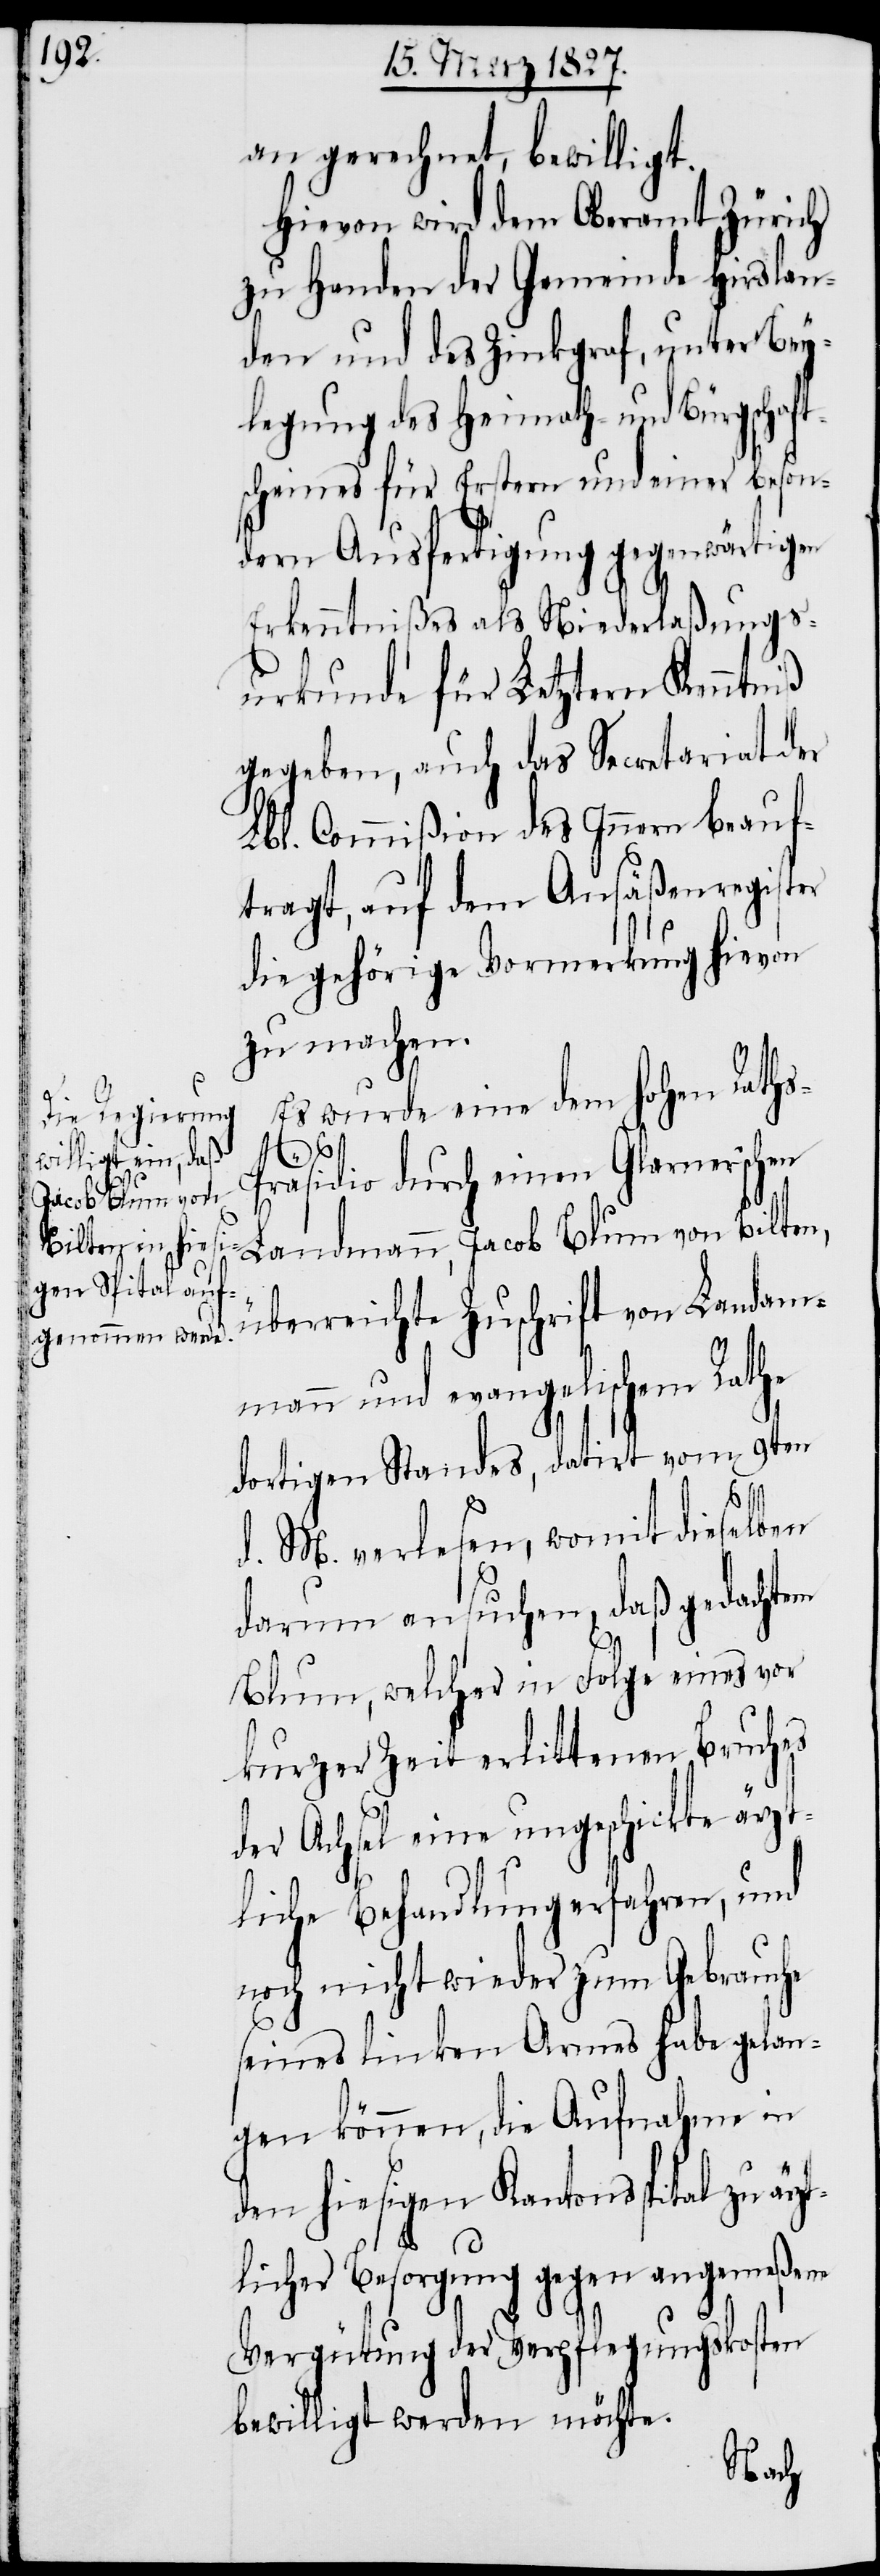
an gerechnet, bewilligt.
Hievon wird dem Oberamt Zürich
zu Handen der Gemeinde Hirslan¬
den und des Zinkgraf, unter Bey¬
legung des Heimath- und Bürgschafts¬
scheines für Erstern und einer beson¬
dern Ausfertigung gegenwärtigen
Erkenntnißes als Niederlaßungs¬
urkunde für Letztern Kenntniß
gegeben, auch das Secretariat der
Lbl. Commißion des Innern beauf¬
tragt, auf dem Ansäßenregister
die gehörige Vormerkung hievon
zu machen.
Es wurde eine dem hohen Rath¬
t¬
räsidio durch einen Glarner‘schen
Landmann, Jacob Blum von Bilten,
überreichte Zuschrift von Landam¬
mann und evangelischem Rathe
dortigen Standes, datirt vom 9ten
d. M. verlesen, womit dieselben
darum ansuchen, daß gedachtem
Blum, welcher in Folge eines vor
kurzer Zeit erlittenen Bruches
der Achsel eine ungeschickte ärzt¬
liche Behandlung erfahren, und
noch nicht wieder zum Gebrauche
seines linken Armes habe gelan¬
gen können, die Aufnahme in
den hiesigen Kantonsspital zu ärz¬
licher Besorgung gegen angemeßene
Vergütung der Verpflegungskosten
bewilligt werden möchte.